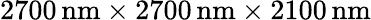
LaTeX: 2700\, \mathrm{nm\times 2700\, \mathrm{nm\times 2100\, \mathrm{nm}}}